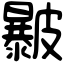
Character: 㿺